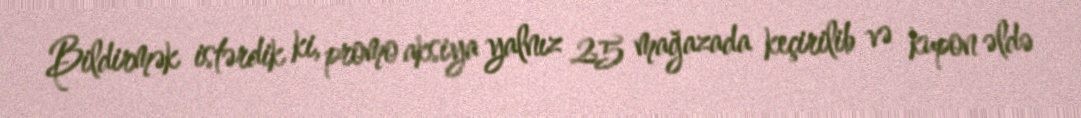
Bildirmək istərdik ki, promo aksiya yalnız 25 mağazada keçirilib və kupon əldə